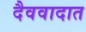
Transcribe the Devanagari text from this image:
दैववादात